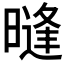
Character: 𰖧